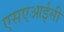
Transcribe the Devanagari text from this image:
एसएआईसी